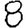
Digit: 8